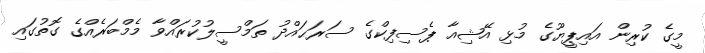
މީގެ ކުރިން އައިޕީޔޫގެ މުޅި އޭޝިއާ ޕެސިފިކްގެ ސަރަޙައްދު ތަމްސީލުކުރައްވާ މެމްބަރެއްގެ ގޮތުގައި